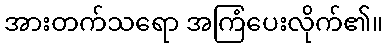
အားတက်သရော အကြံပေးလိုက်၏။